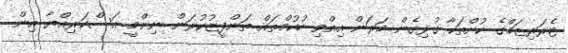
ޓެރަރިޒަމްގެ ކުށްތަކާ ގުޅިގެން މަރަން އިއްވި ހުކުމްތައް ތަންފީޒުކުރަން ނިންމީ އަސްކަރިއްޔާ އިން